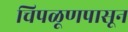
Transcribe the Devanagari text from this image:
चिपळूणपासून